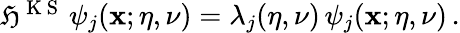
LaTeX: \begin{array}{r}{\mathfrak{H}^{\mathrm{~K~S~}}\, \psi_{j}({\mathbf x};\eta,\nu)=\lambda_{j}(\eta,\nu)\, \psi_{j}({\mathbf x};\eta,\nu)\, .}\end{array}